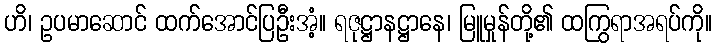
ဟိ၊ ဥပမာဆောင် ထက်အောင်ပြဦးအံ့။ ရဇုဋ္ဌာနဋ္ဌာနေ၊ မြူမှုန်တို့၏ ထကြွရာအရပ်ကို။